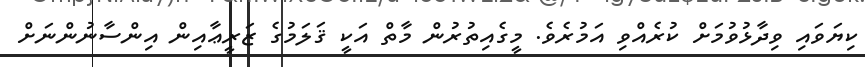
ކިޔަވައި ވިދާޅުވުމަށް ކުރެއްވި އަމުރެވެ. މީގެއިތުރުން މާތް އަކީ ޤަލަމުގެ ޒަރީޢާއިން އިންސާނުންނަށް